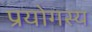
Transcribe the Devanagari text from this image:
प्रयोगस्य